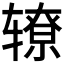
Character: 𰺛